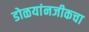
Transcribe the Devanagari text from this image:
डोळयांनजीकचा